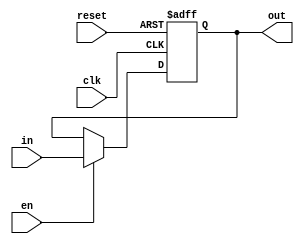
`timescale 1ns / 1ps
//////////////////////////////////////////////////////////////////////////////////
// Company: 
// Engineer: 
// 
// Design Name: 
// Module Name: fpmreg
// Project Name: 
// Target Devices: 
// Tool Versions: 
// Description: 
// 
// Dependencies: 
// 
// Revision:
// Revision 0.01 - File Created
// Additional Comments:
// 
//////////////////////////////////////////////////////////////////////////////////


module fpmreg(
input [31:0] in,
input reset, en, clk,
output reg [31:0] out
    );
    
always @ (posedge clk, posedge reset)
    begin
        if (reset)
            begin
                out = 32'b0;
            end
        else
            begin
                out = (en) ? in : out;
            end     
    end    
endmodule

module fpmreg1(
input in,
input reset, en, clk,
output reg out
    );
    
always @ (posedge clk, posedge reset)
    begin
        if (reset)
            begin
                out = 0;
            end
        else
            begin
                out = (en) ? in : out;
            end     
    end    
endmodule

module fpmregres(
input [37:0] in,
input reset, en, clk,
output reg [37:0] out
    );
    
always @ (posedge clk, posedge reset)
    begin
        if (reset)
            begin
                out = 38'b0;
            end
        else
            begin
                out = (en) ? in : out;
            end     
    end    
endmodule